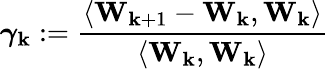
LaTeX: \boldsymbol{\gamma}_{\mathbf{k}}:=\frac{{\left\langle\mathbf{{W}}_{\mathbf{k}+1}-\mathbf{{W}}_{\mathbf{k}},\mathbf{{W}}_{\mathbf{k}}\right\rangle}}{{\left\langle\mathbf{{W}}_{\mathbf{k}},\mathbf{{W}}_{\mathbf{k}}\right\rangle}}